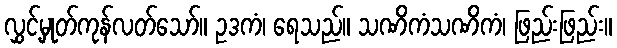
လွှင့်မှုတ်ကုန်လတ်သော်။ ဥဒကံ၊ ရေသည်။ သဏိကံသဏိကံ၊ ဖြည်းဖြည်း။